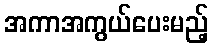
အကာအကွယ်ပေးမည့်